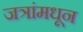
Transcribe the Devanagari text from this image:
जत्रांमधून